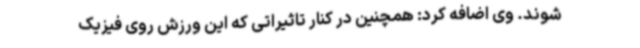
شوند. وی اضافه کرد: همچنین در کنار تاثیراتی که این ورزش روی فیزیک